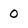
Character: 0